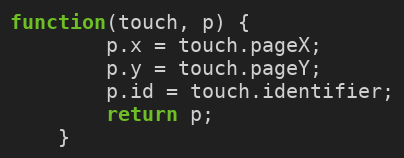
Language: JavaScript
function(touch, p) {
		p.x = touch.pageX;
		p.y = touch.pageY;
		p.id = touch.identifier;
		return p;
	}